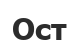
Ост